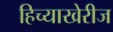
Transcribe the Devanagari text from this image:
हिच्याखेरीज